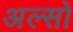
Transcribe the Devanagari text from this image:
अल्सो